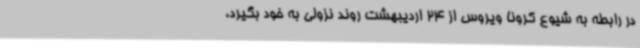
در رابطه به شیوع کرونا ویروس از 24 اردیبهشت روند نزولی به خود بگیرد،